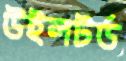
উইলটর্ড